Source: Handwritten
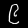
Digit: ၉ (9)